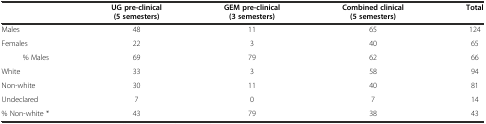
|  | UG pre-clinical (5 semesters) | GEM pre-clinical (3 semesters) | Combined clinical (5 semesters) | Total |
 | --- | --- | --- | --- | --- |
 | Males | 48 | 11 | 65 | 124 |
 | Females | 22 | 3 | 40 | 65 |
 | % Males | 69 | 79 | 62 | 66 |
 | White | 33 | 3 | 58 | 94 |
 | Non-white | 30 | 11 | 40 | 81 |
 | Undeclared | 7 | 0 | 7 | 14 |
 | % Non-white * | 43 | 79 | 38 | 43 |